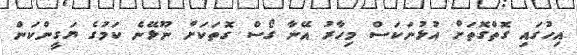
އިހުގައި ގޮތްގޮތަށް އުޅުނަކަސް މިހާރު އޭނާ ގޯސް ގޮތަކަށް ނޫޅޭނެ ކަމުގެ ޔަގީންކަން